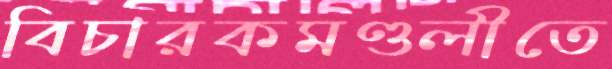
বিচারকমণ্ডলীতে